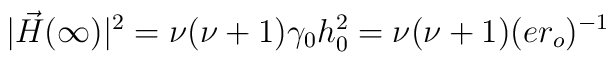
|\vec H(\infty)|^2 =  \nu(\nu+1)\gamma_0h_0^2 = \nu(\nu+1)(er_o)^{-1}